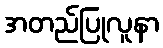
အတည်ပြုလူနာ